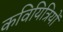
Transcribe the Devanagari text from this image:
कवियित्रियों